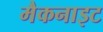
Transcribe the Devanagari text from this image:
मैकनाइट